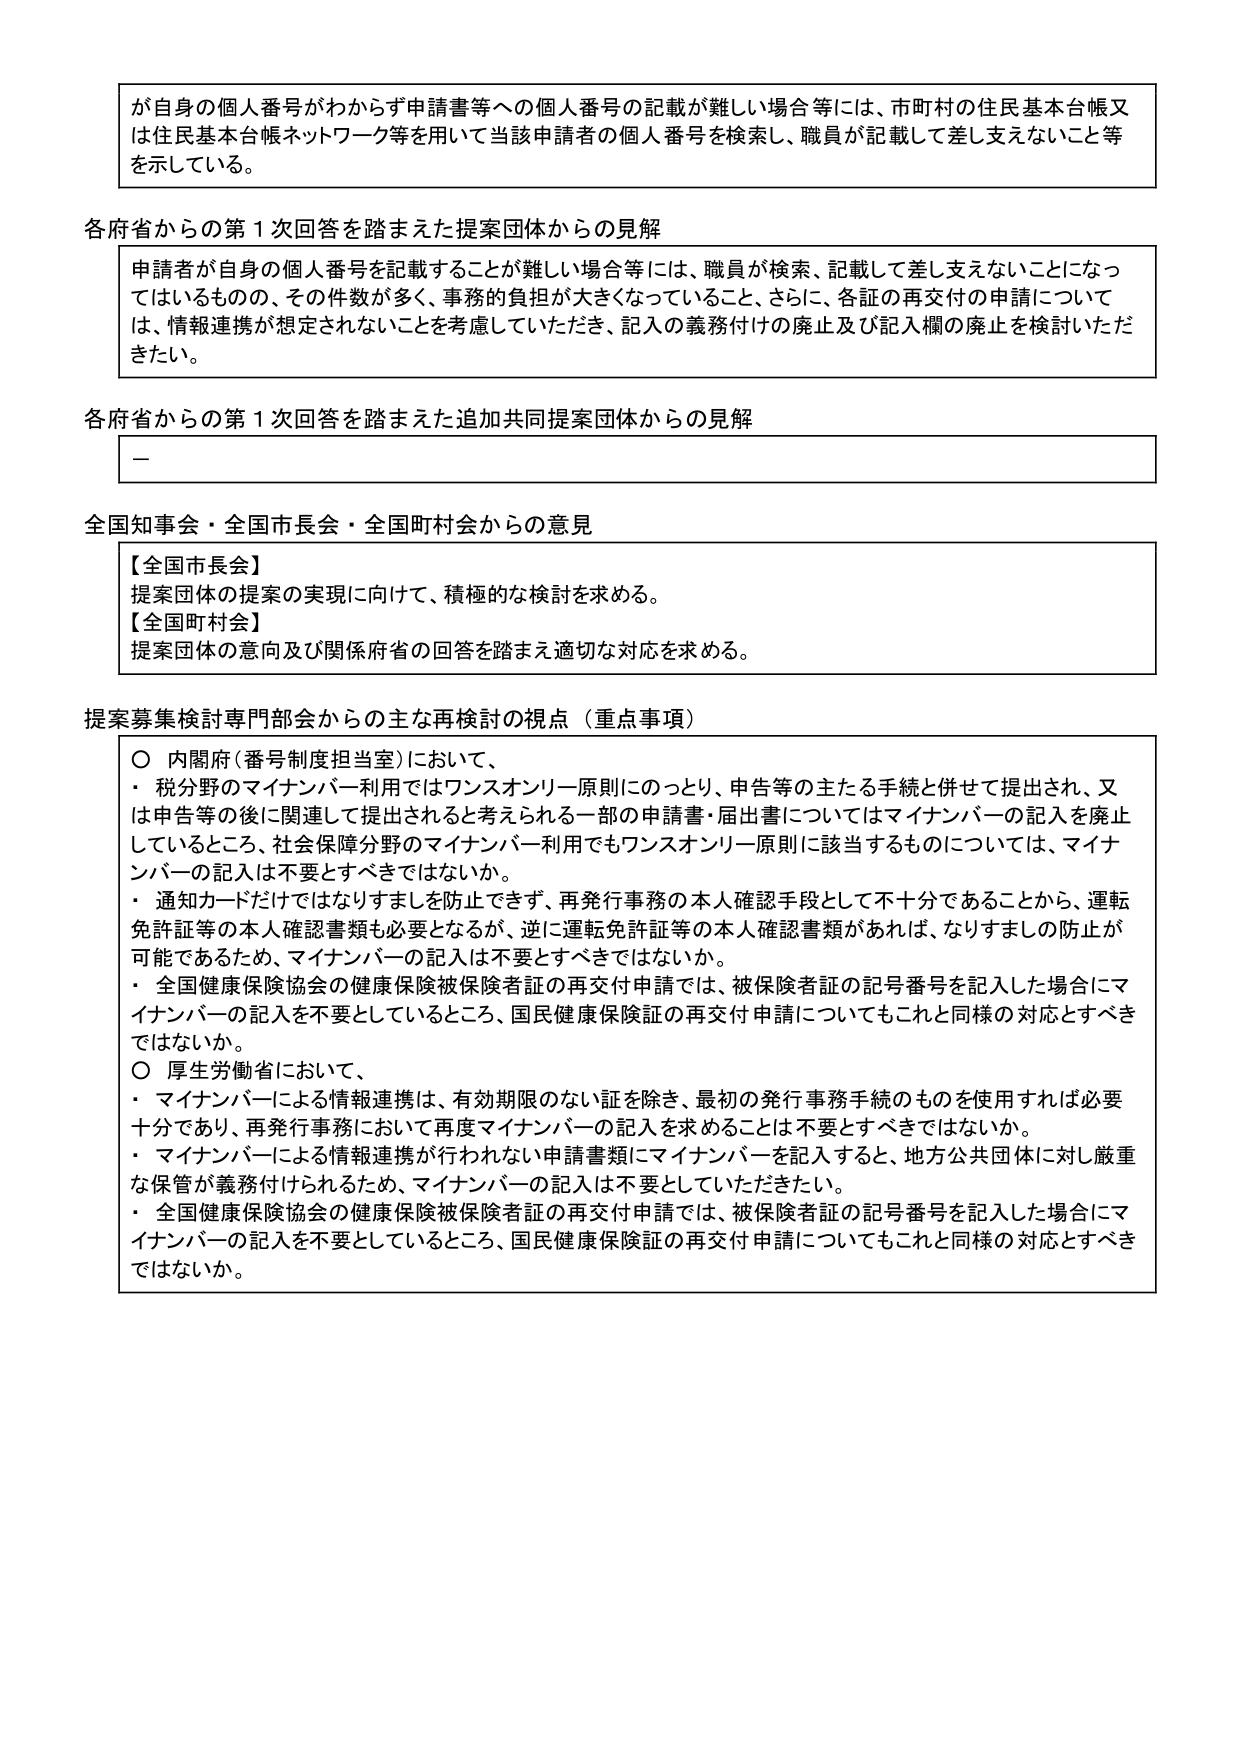
が自身の個人番号がわからず申請書等への個人番号の記載が難しい場合等には、市町村の住民基本台帳又は住民基本台帳ネットワーク等を用いて当該申請者の個人番号を検索し、職員が記載して差し支えないこと等を示している。

各府省からの第１次回答を踏まえた提案団体からの見解
申請者が自身の個人番号を記載することが難しい場合等には、職員が検索、記載して差し支えないことになってはいるものの、その件数が多く、事務的負担が大きくなっていること、さらに、各証の再交付の申請については、情報連携が想定されないことを考慮していただき、記入の義務付けの廃止及び記入欄の廃止を検討いただきたい。

各府省からの第１次回答を踏まえた追加共同提案団体からの見解
－

全国知事会・全国市長会・全国町村会からの意見
【全国市長会】
提案団体の提案の実現に向けて、積極的な検討を求める。
【全国町村会】
提案団体の意向及び関係府省の回答を踏まえ適切な対応を求める。

提案募集検討専門部会からの主な再検討の視点（重点事項）
〇 内閣府（番号制度担当室）において、
・ 税分野のマイナンバー利用ではワンスオンリー原則にのっとり、申告等の主たる手続と併せて提出され、又は申告等の後に関連して提出されると考えられる一部の申請書・届出書についてはマイナンバーの記入を廃止しているところ、社会保障分野のマイナンバー利用でもワンスオンリー原則に該当するものについては、マイナンバーの記入は不要とすべきではないか。
・ 通知カードだけではなりすましを防止できず、再発行事務の本人確認手段として不十分であることから、運転免許証等の本人確認書類も必要となるが、逆に運転免許証等の本人確認書類があれば、なりすましの防止が可能であるため、マイナンバーの記入は不要とすべきではないか。
・ 全国健康保険協会の健康保険被保険者証の再交付申請では、被保険者証の記号番号を記入した場合にマイナンバーの記入を不要としているところ、国民健康保険証の再交付申請についてもこれと同様の対応とすべきではないか。
〇 厚生労働省において、
・ マイナンバーによる情報連携は、有効期限のない証を除き、最初の発行事務手続のものを使用すれば必要十分であり、再発行事務において再度マイナンバーの記入を求めることは不要とすべきではないか。
・ マイナンバーによる情報連携が行われない申請書類にマイナンバーを記入すると、地方公共団体に対し厳重な保管が義務付けられるため、マイナンバーの記入は不要としていただきたい。
・ 全国健康保険協会の健康保険被保険者証の再交付申請では、被保険者証の記号番号を記入した場合にマイナンバーの記入を不要としているところ、国民健康保険証の再交付申請についてもこれと同様の対応とすべきではないか。